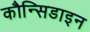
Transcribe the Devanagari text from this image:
कौन्सिडाइन